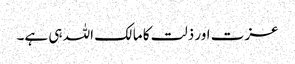
عزت اور ذلت کا مالک اللہ ہی ہے۔